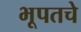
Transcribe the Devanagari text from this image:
भूपतचे